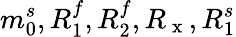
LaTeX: m_{0}^{s},R_{1}^{f},R_{2}^{f},R_{\mathrm{~x~}},R_{1}^{s}